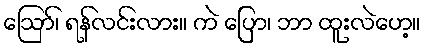
ဪ၊ ရန်လင်းလား။ ကဲ ပြော၊ ဘာ ထူးလဲဟေ့။